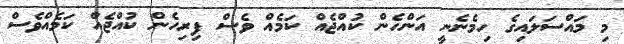
މި މައްސަލައިގެ ހިމެނެނީ އަންހެން ކުއްޖެއް ކަމެއް ވެސް ފިރިހެން ކުއްޖެއް ކަމެއްވެސް